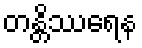
တန္တိဿရေန